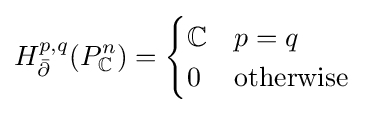
H_{\bar {\partial }}^{p,q}(P_{\mathbb {C} }^{n})={\begin{cases}\mathbb {C} &p=q\\0&{\text{otherwise}}\end{cases}}